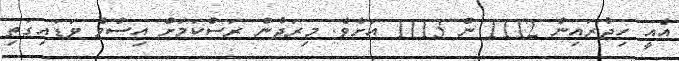
އެއީ ހިޖުރައިން 1112 ން 1113 އަށެވެ. މިރަދުން ރަސްކަމަށް އިސްވެ ވަޑައިގަތި